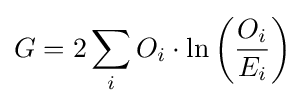
G=2\sum _{i}{O_{i}\cdot \ln \left({\frac {O_{i}}{E_{i}}}\right)}